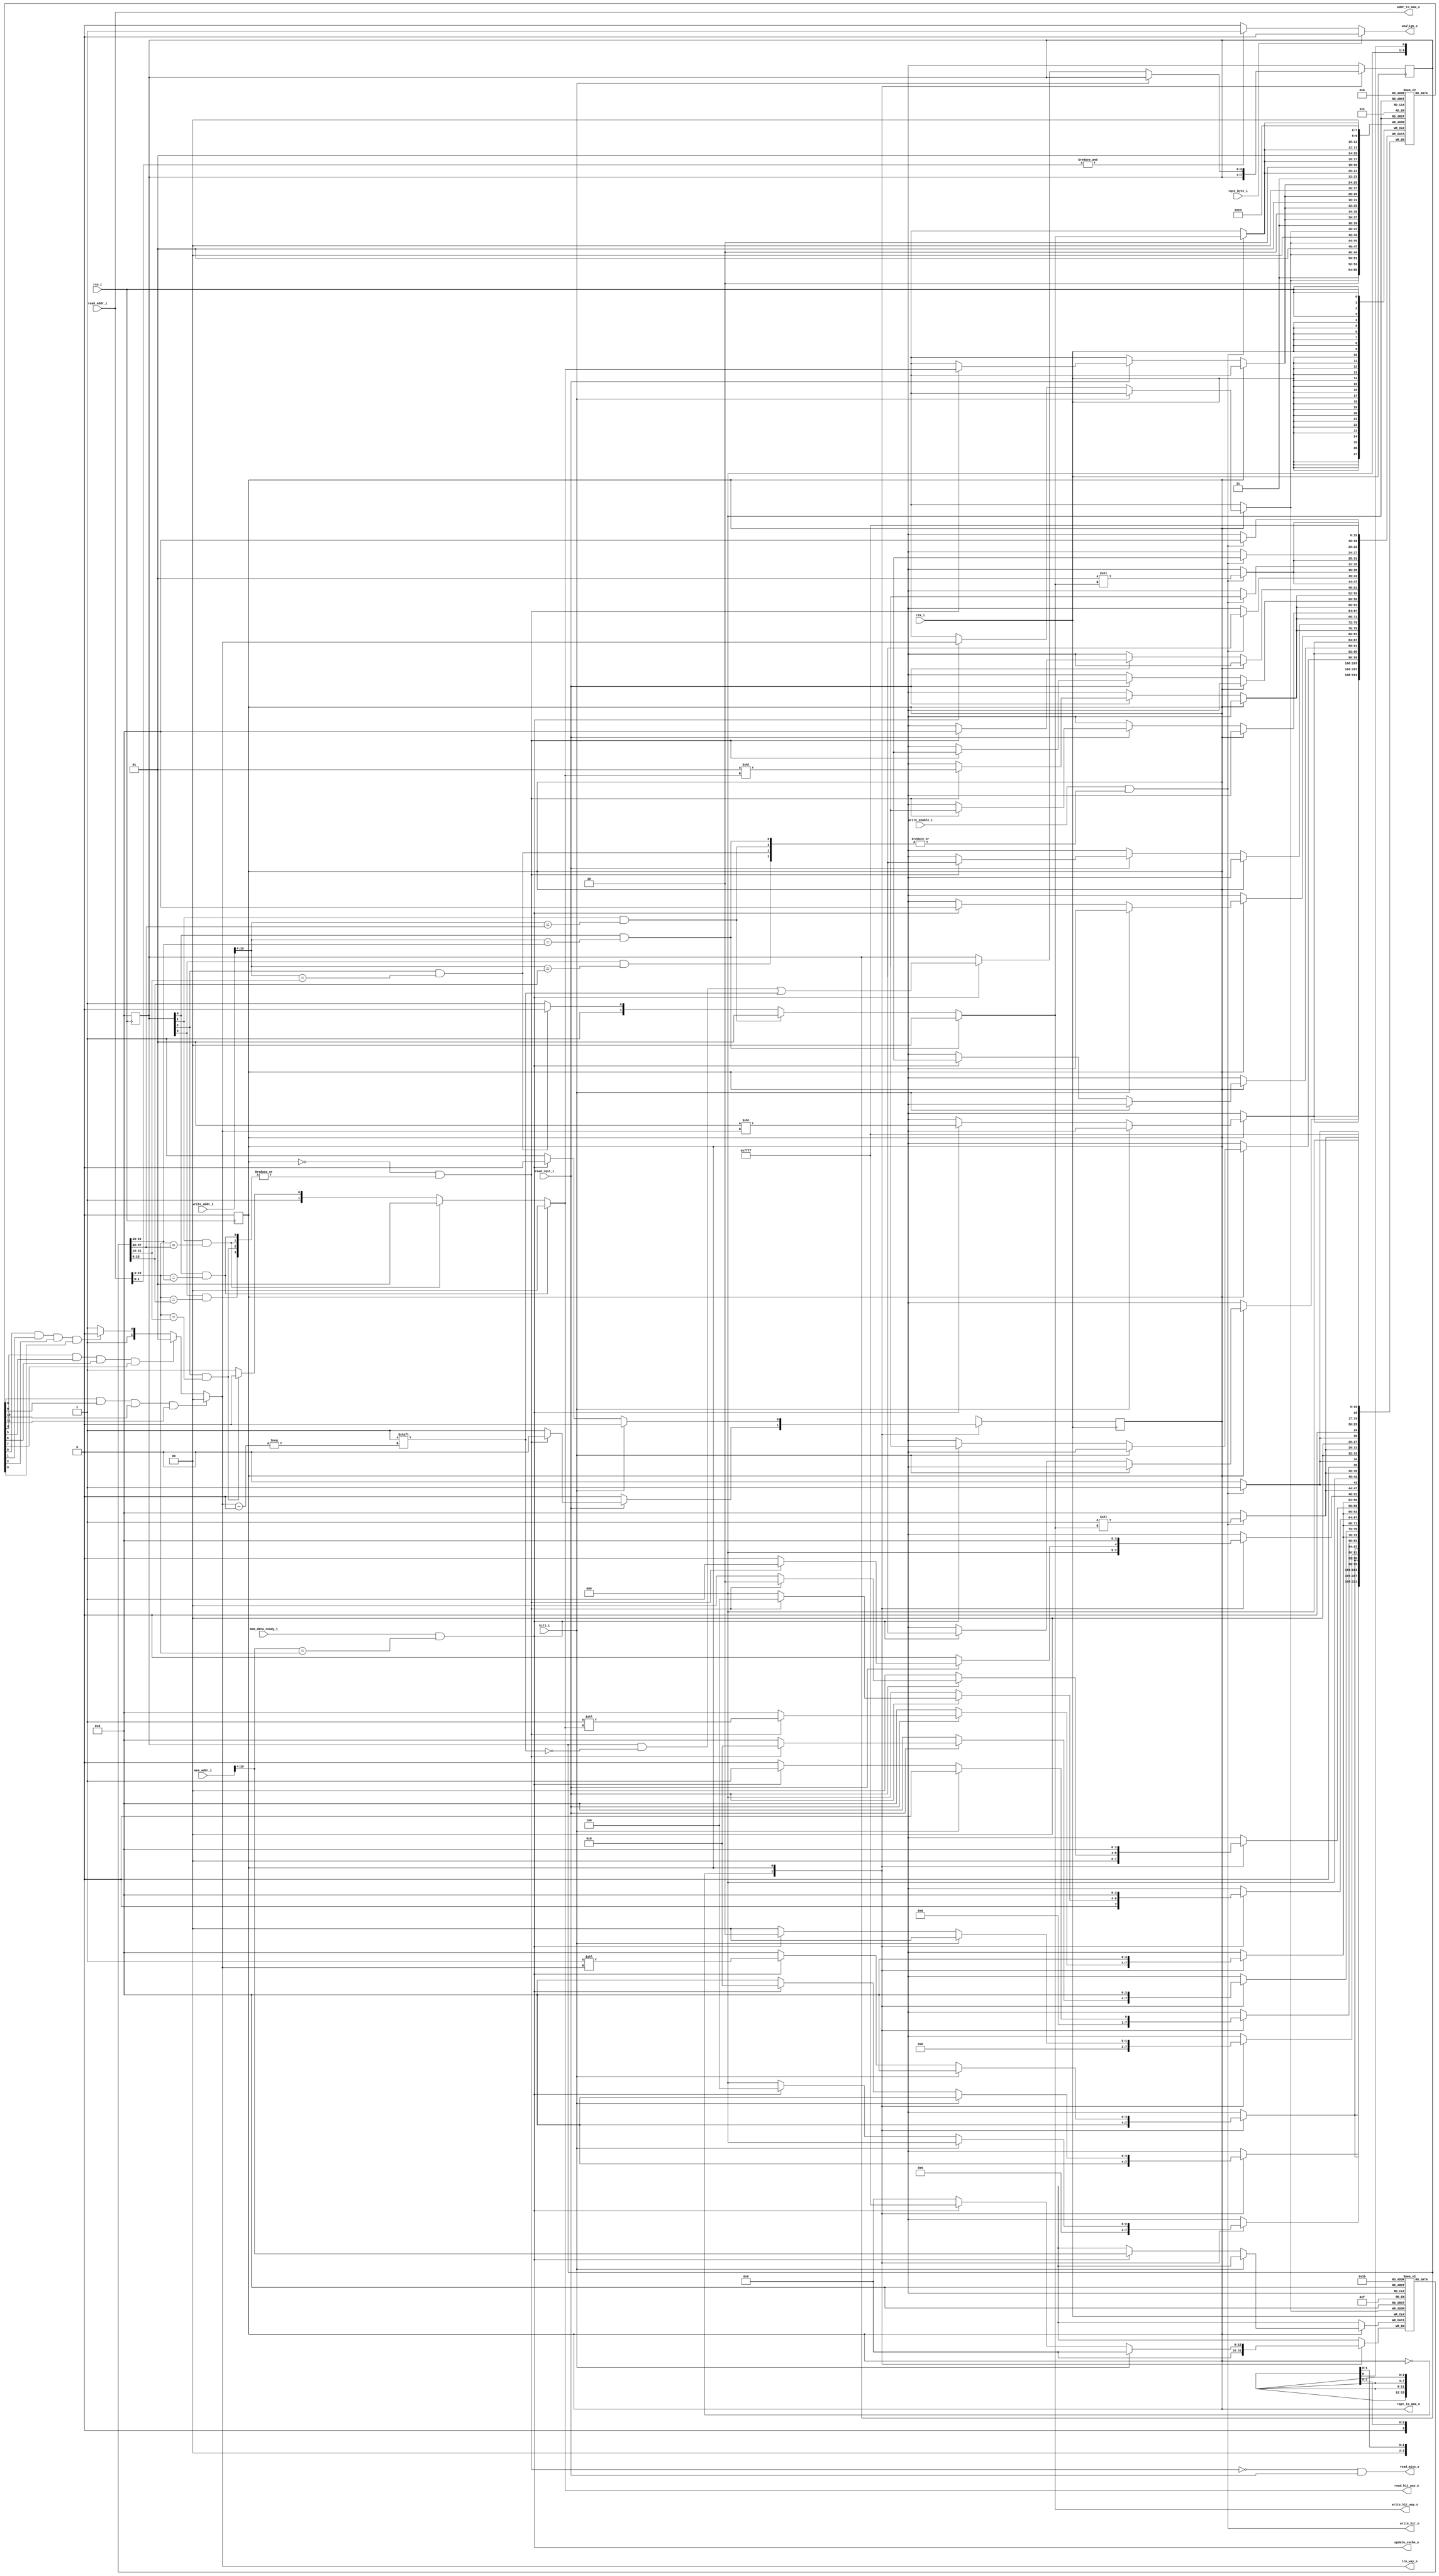
//LRU is like a matrix where x>y meaning entry x is older than y
/* |   | 0 | 1 | 2 | 3 |
*  | 0 | 1 |0>1|0>2|0>3|
*  | 1 |0<1| 1 |1>2|1>3|
*  | 2 |0<2|1<2| 1 |2>3|
*  | 3 |0<3|1<3|2<3| 1 |
*  Then the vector LRU is the AND of each row
*  setting the row to 0 and column to 1 is setting as 
*  most recent
*  being LRU[i] == 1 the oldest entry */ 

module lookup(
    input       clk_i,
    input       rsn_i,
    input   [19:0]  read_addr_i,
    input   [19:0]  write_addr_i,
    input       read_rqst_i,
    input       write_enable_i,
    input       rqst_byte_i,
    input       mem_data_ready_i,
    input   [19:0]  mem_addr_i,
    input       kill_i,

    output  [1:0] read_hit_way_o,
    output  [1:0] write_hit_way_o,
    output  [1:0] lru_way_o,
    output      rqst_to_mem_o,
    output  [19:0]  addr_to_mem_o,
    output      unalign_o,
    output      write_hit_o,
    output      read_miss_o,
    output      update_cache_o
);

reg state;
localparam IDLE_STATE = 0;
localparam WAIT_STATE = 1;
assign update_cache_o = mem_data_ready_i & mem_addr_i[19:4] == read_addr_i[19:4];

reg [15:0] tags_array [3:0];
reg [3:0] valid_bit;
reg [3:0] lru_matrix [3:0];

reg rqst_to_mem;

wire [3:0] read_hit_array;
wire [1:0] set_hit;
wire [3:0] write_hit_array;
wire [1:0] set_write;
wire [1:0] set_lru;

wire read_hit;
wire write_hit;


assign read_hit_array[0] = valid_bit[0] & (read_addr_i[19:4] == tags_array[0]);
assign read_hit_array[1] = valid_bit[1] & (read_addr_i[19:4] == tags_array[1]);
assign read_hit_array[2] = valid_bit[2] & (read_addr_i[19:4] == tags_array[2]);
assign read_hit_array[3] = valid_bit[3] & (read_addr_i[19:4] == tags_array[3]);

assign set_hit = read_hit_array[0] ? 0 : 
                (read_hit_array[1] ? 1 :
                (read_hit_array[2] ? 2 : 3));

assign write_hit_array[0] = valid_bit[0] & (write_addr_i[19:4] == tags_array[0]);
assign write_hit_array[1] = valid_bit[1] & (write_addr_i[19:4] == tags_array[1]);
assign write_hit_array[2] = valid_bit[2] & (write_addr_i[19:4] == tags_array[2]);
assign write_hit_array[3] = valid_bit[3] & (write_addr_i[19:4] == tags_array[3]);

assign set_write = write_hit_array[0] ? 0 : 
                  (write_hit_array[1] ? 1 :
                  (write_hit_array[2] ? 2 : 3));

assign set_lru = (lru_matrix[0][0] & lru_matrix[0][1] & lru_matrix[0][2] & lru_matrix[0][3]) ? 2'b00 :
                 (lru_matrix[1][0] & lru_matrix[1][1] & lru_matrix[1][2] & lru_matrix[1][3]) ? 2'b01 :
                 (lru_matrix[2][0] & lru_matrix[2][1] & lru_matrix[2][2] & lru_matrix[2][3]) ? 2'b10 : 2'b11;  

assign read_hit = !state & |read_hit_array;
assign write_hit = write_enable_i & |write_hit_array;

integer i;
always @(posedge clk_i)
begin
    case (state)
        IDLE_STATE: begin
            if(read_rqst_i) begin
                if (read_hit) begin 
                    for (i = 0; i < 4; i = i + 1) begin
                        lru_matrix[set_hit][i] = 0;
                        lru_matrix[i][set_hit] = 1;
                    end
                end else state = WAIT_STATE;
            end
        end
        WAIT_STATE: begin
            if(kill_i) state = IDLE_STATE;
            else if(mem_data_ready_i & mem_addr_i[19:4] == read_addr_i[19:4]) begin
                state = IDLE_STATE;
                tags_array[set_lru] = mem_addr_i[19:4];
                valid_bit[set_lru]  = 1;
                for (i=0; i<4; i = i +1) begin
                    lru_matrix[set_lru][i] = 0;
                    lru_matrix[i][set_lru] = 1;
                end
            end 
        end
    endcase
end

always@(posedge clk_i) begin
    if (write_hit) begin 
        for (i = 0; i < 4; i = i + 1) begin
            lru_matrix[set_write][i] = 0;
            lru_matrix[i][set_write] = 1;
        end
    end
end

assign unalign_o = rqst_byte_i ? 0 :
                   &read_addr_i[1:0] ? 1 : 0;

assign write_hit_o = write_hit;
assign read_miss_o = ~read_hit & read_rqst_i;
assign read_hit_way_o = set_hit;
assign write_hit_way_o = set_write;
assign lru_way_o = set_lru;
assign rqst_to_mem_o = state;
assign addr_to_mem_o = read_addr_i;


always @(negedge rsn_i)
begin
    state = IDLE_STATE;
    valid_bit = 0;
    lru_matrix[0] = 4'b1111;
    lru_matrix[1] = 4'b1111;
    lru_matrix[2] = 4'b1111;
    lru_matrix[3] = 4'b1111;
end
endmodule